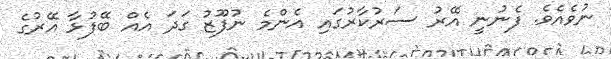
ނުވެއެވެ. ފެނުނީ އޭރު ސަރުކާރުގައި އެންމެ ނުފޫޒު ގަދަ އެއް ބޭފުޅާ އޭރުގެ